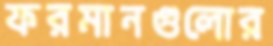
ফরমানগুলোর